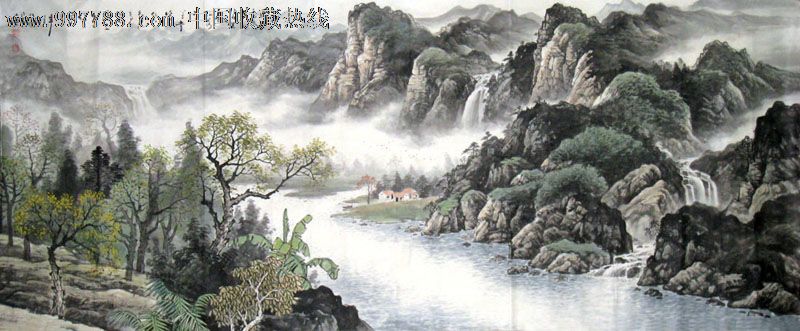
桂魄飞来光射处，冷浸一天秋碧。